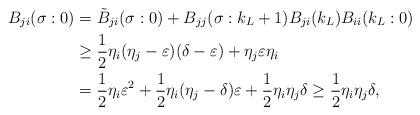
LaTeX: \begin{align*} B_{ji}(\sigma:0) &= \tilde B_{ji}(\sigma:0) + B_{jj}(\sigma:k_L+1)B_{ji}(k_L)B_{ii}(k_L:0)\cr &\geq \frac{1}{2} \eta_i (\eta_j - \varepsilon) (\delta-\varepsilon) + \eta_j \varepsilon \eta_i\cr &=\frac{1}{2}\eta_i\varepsilon^2 + \frac{1}{2}\eta_i (\eta_j - \delta) \varepsilon + \frac{1}{2}\eta_i\eta_j\delta \geq \frac{1}{2}\eta_i\eta_j\delta,\end{align*}